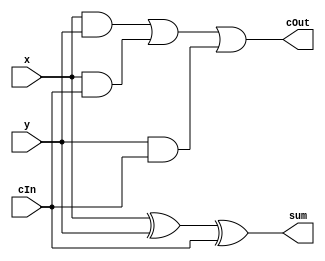
`timescale 1ns / 1ps
//////////////////////////////////////////////////////////////////////////////////
// Company: 
// Engineer: 
// 
// Design Name: 
// Module Name:    fullAdder 
// Project Name: 
// Target Devices: 
// Tool versions: 
// Description: 
//
// Dependencies: 
//
// Revision: 
// Revision 0.01 - File Created
// Additional Comments: 
//
//////////////////////////////////////////////////////////////////////////////////
module fullAdder(x,y,cIn,sum,cOut);

	input x,y,cIn;

	output sum,cOut;

	wire sum,cOut;
	
	assign sum = x^y^cIn;
	assign cOut = ((x&y)|(x&cIn)|(y&cIn));

endmodule